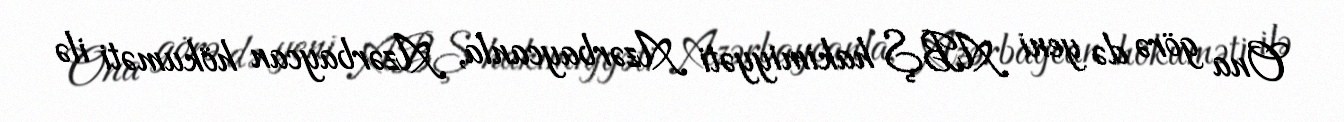
Ona görə də yeni ABŞ hakimiyyəti Azərbaycanla, Azərbaycan hökuməti ilə